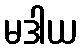
မဒါယ